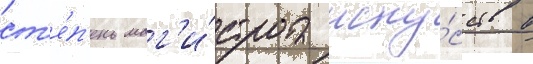
ст'е́п'ень маг'и́стра иску́сств в